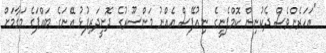
"އަހަރެންވެސް ދެކުނިން ކޮމްޕެނީގެ ނިއުފޭސް އެއްނު މަންސޫރުގެ ދޮށީދަރިފުޅު އޭނަގެ ބައްޕަގެ މަގާމަށް